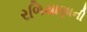
રળિયાણાની